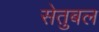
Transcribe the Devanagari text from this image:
सेतुबल